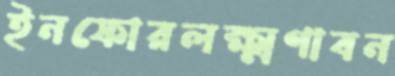
ইনফোরলক্ষ্মণাবন